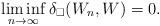
LaTeX: \begin{align*}\liminf_{n \to \infty} \delta_\square(W_n, W) = 0.\end{align*}